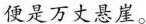
便是万丈悬崖。